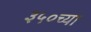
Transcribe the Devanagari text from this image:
३५०च्या